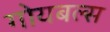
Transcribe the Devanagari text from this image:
गोयबल्स